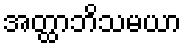
အတ္ထာဘိသမယာ